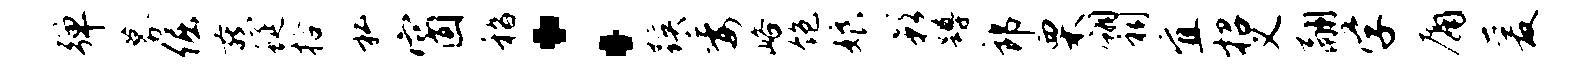
弹募倔燕蜒拾私窗嵇：蹊委峪饱娘影蹲郎栗翎祠宜招义翮学庸爰